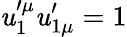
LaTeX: \mathit{u}_{1}^{\prime\mu}\mathit{u}_{1\mu}^{\prime}=1